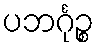
ပဘင်္ဂုဉ္စ